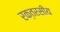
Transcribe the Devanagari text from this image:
रक्तरसीय